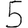
Digit: 5